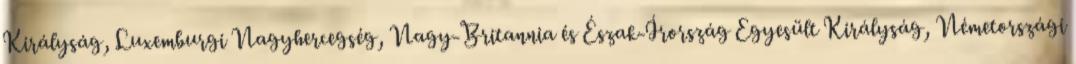
Királyság, Luxemburgi Nagyhercegség, Nagy-Britannia és Észak-Írország Egyesült Királyság, Németországi